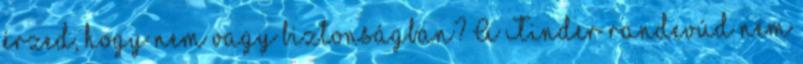
érzed, hogy nem vagy biztonságban? A Tinder randevúd nem